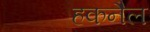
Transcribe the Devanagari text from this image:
हकनैल